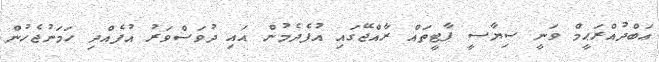
ޢަބްދުއްރަޙީމް ވަނީ ސިޔާސީ ޕާޓީތައް ރާއްޖޭގައި އުފެދެމުން އައި ދުވަސްވަރު އުފެއްދި ހަމަނުޖެހުން